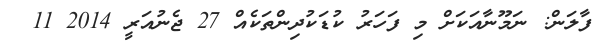
ފާލަން: ނަމޫނާއަކަށް މި ފަހަރު ކުޑަކުދިންތަކެއް 27 ޖެނުއަރީ 2014 11